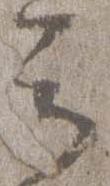
云